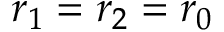
r _ { 1 } = r _ { 2 } = r _ { 0 }